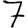
Digit: 7